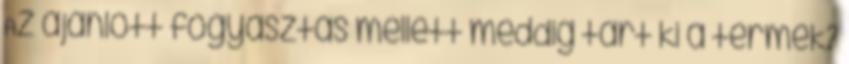
Az ajánlott fogyasztás mellett meddig tart ki a termék?